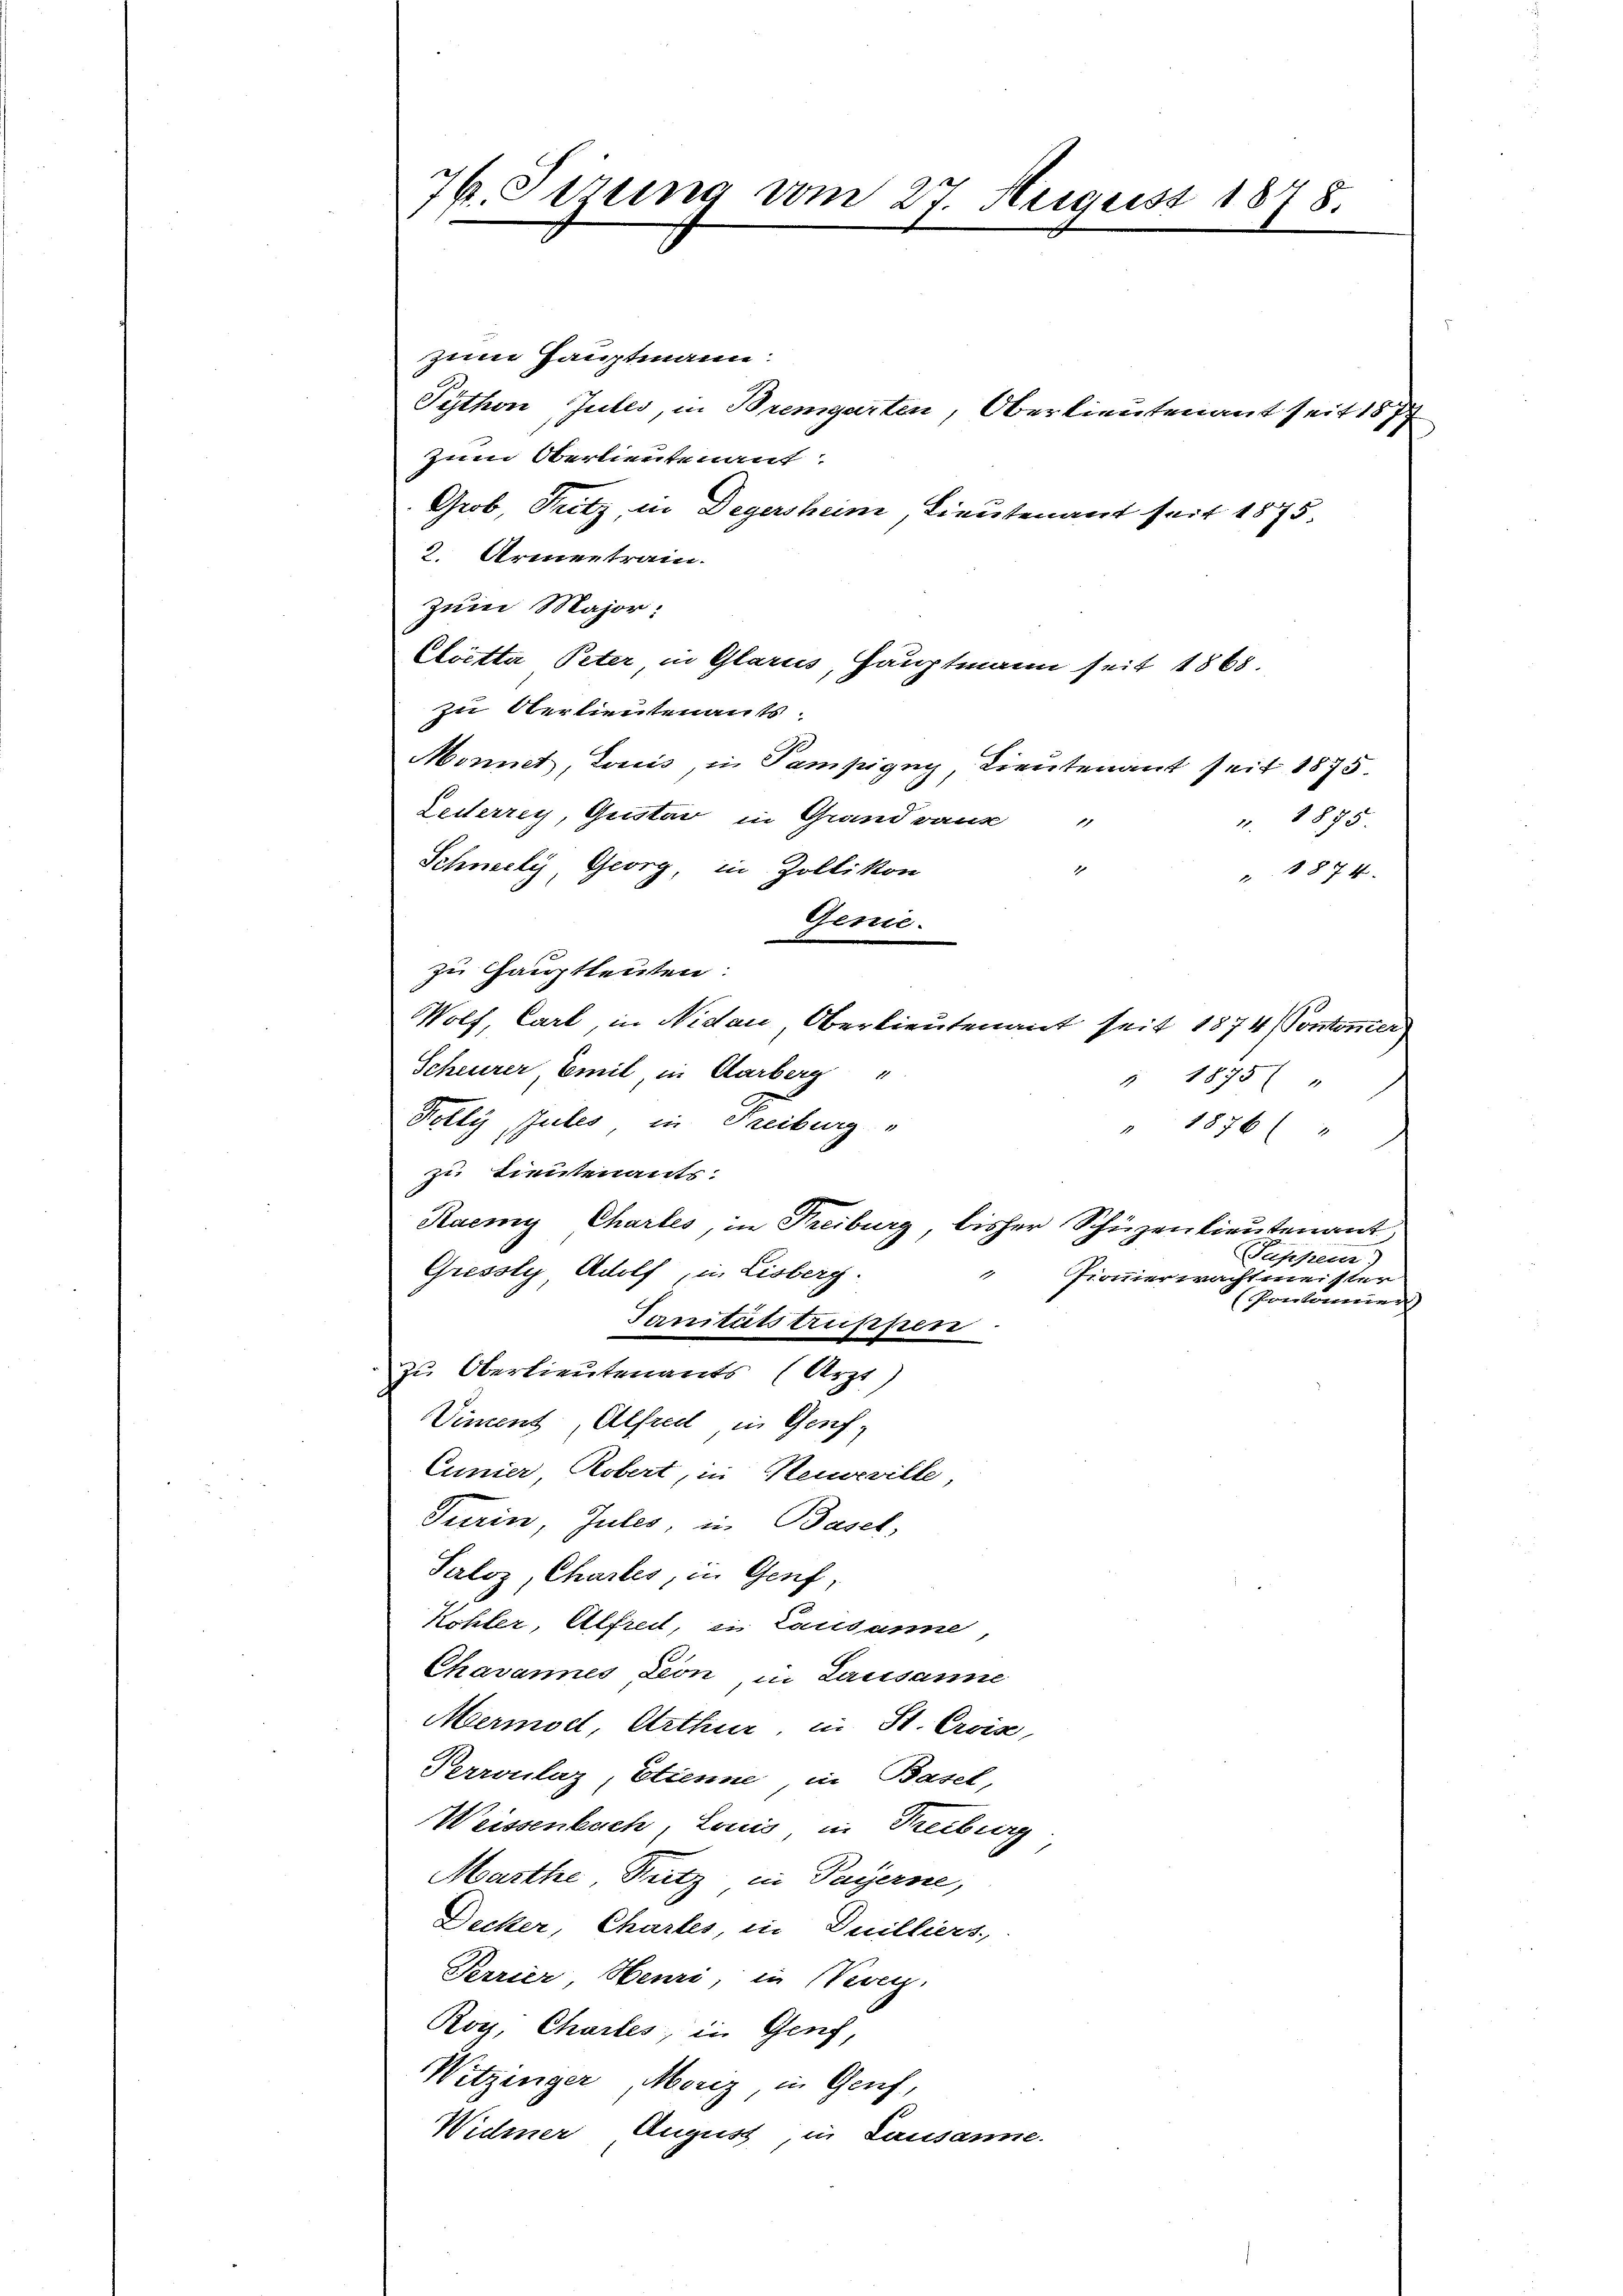
76. Sizung vom 27. August 1878.

zum Hauptmann:
Sython Jubes, in Bremgarten, Oberlieutenant seit 187
zum Oberlieutenant.
Grob, Pritz, in Degersheim, Lieutenant seit 1875.
3. Armentrain.
zum Major:
Cloetta Peter in Glarus, Hauptmann seit 1865.
zu Oberlieutenants
Monnet, Lauis, in Pampigny, Lieutenant seit 1875.
Leiterrey, Quistor in Grand ganz "
n. 1875.
Schneeli, Georg, in Zollikon
1
1874
Genie.
zu Hauptleuten:
Wolf, Cart, in Nidau, Oberlieutenant seit 1874 (Vontoner
Scheurer, Emil, in Aarberg"
1875 "
1
Polly Pules, in Freiburg
" 1876 (1
zu Lieutenants.
Raemy Chartes, in Freiburg, bisher Schüzenlieutenant
Puppen)
Gressly Adolf, in Lisberg.
1
Pionierwachtmeister
Ponkommen
Sanitätstruppen
zu Oberlieutenants (Arzt)
Viment, Alfred in Genf,
Cunier Robert, in Neuville,
Turin, Jules, in Basel,
Seloz, Chartes, in Genf,
Köhler, Alfred, in Lausanne
Chavannes Leon in Lausanne
Mermodt, Arthur in St. Croix,
Perronlaz, Etienne, in Basel,
Weissenbach, Louis in Treiburg
Marthe Pritz in Payerne,
Decker, Chartes, in Duilliers,
Perrier, Henri, in Verg
Roy, Chartes, in Genf,
Witzinger, Merz, in Genf,
Widmer August, in Lausanne.

4